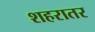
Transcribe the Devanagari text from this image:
शहरातर